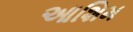
આશિમ